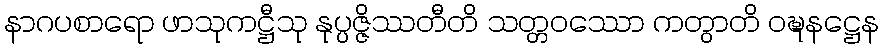
နာဂပစာရော ဖာသုကဋ္ဌီသု နုပ္ပဇ္ဇိဿတီတိ သတ္တဝဿော ကတွာတိ ဝဍ္ဎနဋ္ဌေန